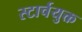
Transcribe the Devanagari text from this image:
स्टार्चयुक्त